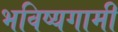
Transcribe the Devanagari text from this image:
भविष्यगामी